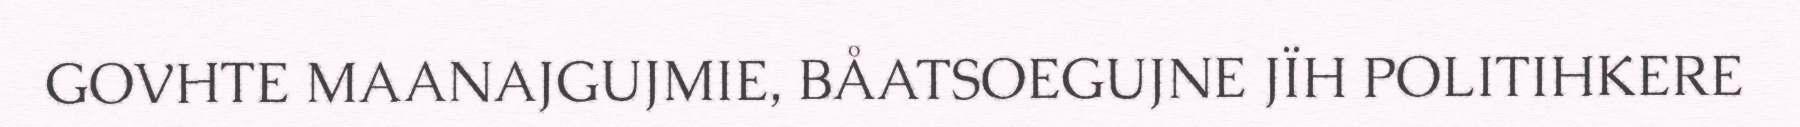
GOVHTE MAANAJGUJMIE, BÅATSOEGUJNE JÏH POLITIHKERE